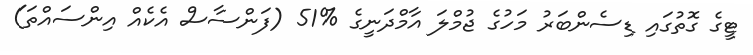
ޓީގެ ގޮތުގައި ޑިސެންބަރު މަހުގެ ޖުމްލަ އާމްދަނީގެ %51 (ފަންސާސް އެކެއް އިންސައްތަ)